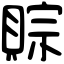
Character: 賩